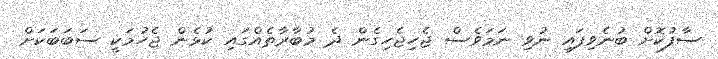
ސާފުކޮށް ބުނެވިފައި ނުވި ނަމަވެސް ޖެހިޖެހިގެން ދެ މުބާރާތެއްގައި ކުޅެން ޖެހުމަކީ ސަބަބަކަށް